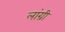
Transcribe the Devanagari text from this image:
लांग्री